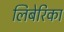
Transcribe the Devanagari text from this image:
लिबेरिका